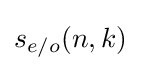
s_{e/o}(n,k)